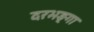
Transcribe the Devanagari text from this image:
दरभङ्गा